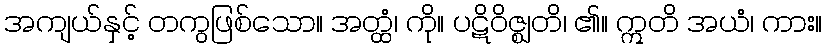
အကျယ်နှင့် တကွဖြစ်သော။ အတ္ထံ၊ ကို။ ပဋိဝိဇ္ဈတိ၊ ၏။ ဣတိ အယံ၊ ကား။